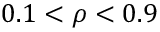
0 . 1 < \rho < 0 . 9